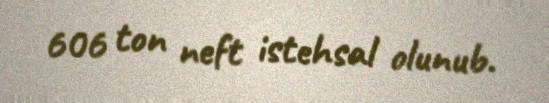
606 ton neft istehsal olunub.